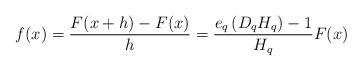
LaTeX: \begin{align*}f(x)=\frac{F(x+h)-F(x)}{h}=\frac{e_{q}\left( D_{q}H_{q}\right) -1}{H_{q}}F(x)\end{align*}